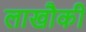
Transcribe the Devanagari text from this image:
लाखौकी